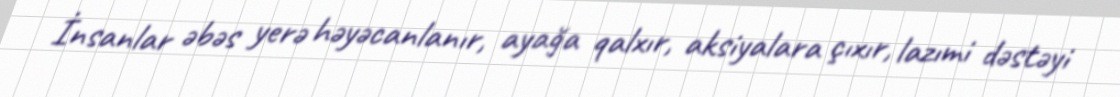
İnsanlar əbəs yerə həyəcanlanır, ayağa qalxır, aksiyalara çıxır, lazımi dəstəyi